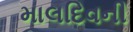
માલદિવની